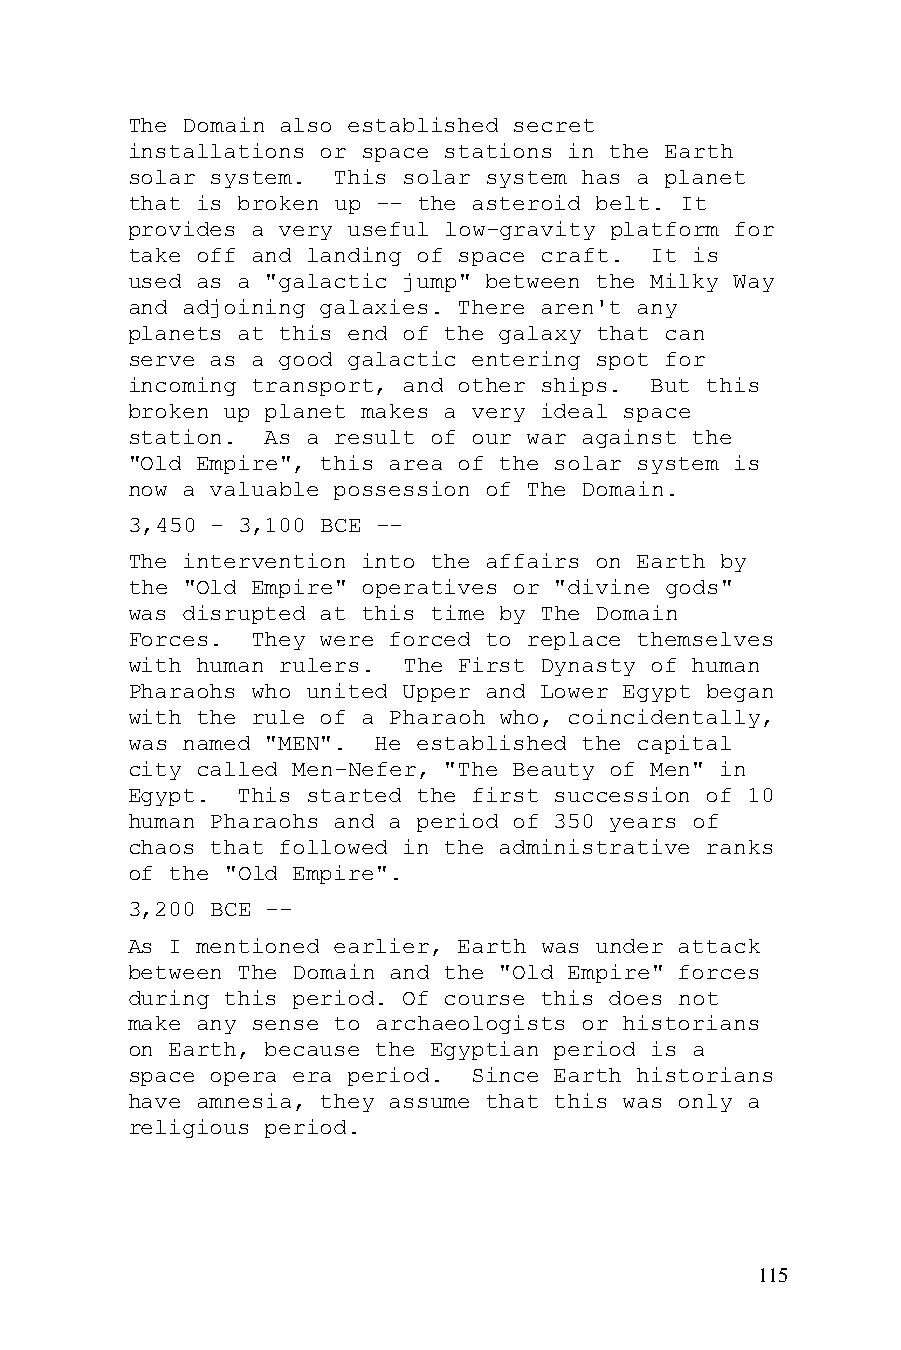
The Domain also established secret
 installations or space stations in the Earth
 solar system. This solar system has a planet
 that is broken up -- the asteroid belt. It
 provides a very useful low-gravity platform for
 take off and landing of space craft. It is
 used as a "galactic jump" between the Milky Way
 and adjoining galaxies. There aren't any
 planets at this end of the galaxy that can
 serve as a good galactic entering spot for
 incoming transport, and other ships. But this
 broken up planet makes a very ideal space
 station.  As a result of our war against the
 "Old Empire", this area of the solar system is
 now a valuable possession of The Domain.
 3,450 - 3,100 BCE --
 The intervention into the affairs on Earth by
 the "Old Empire" operatives or "divine gods"
 was disrupted at this time by The Domain
 Forces.  They were forced to replace themselves
 with human rulers. The First Dynasty of human
 Pharaohs who united Upper and Lower Egypt began
 with the rule of a Pharaoh who, coincidentally,
 was named "MEN". He established the capital
 city called Men-Nefer, "The Beauty of Men" in
 Egypt.  This started the first succession of 10
 human Pharaohs and a period of 350 years of
 chaos that followed in the administrative ranks
 of the "Old Empire".
 3,200 BCE --
 As I mentioned earlier, Earth was under attack
 between The Domain and the "Old Empire" forces
 during this period. Of course this does not
 make any sense to archaeologists or historians
 on Earth, because the Egyptian period is a
 space opera era period. Since Earth historians
 have amnesia, they assume that this was only a
 religious period.
 115